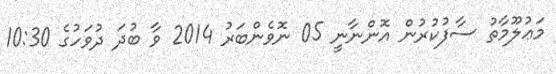
މަޢުލޫމާތު ސާފުކުރުން އޮންނާނީ 05 ނޮވެންބަރު 2014 ވާ ބުދަ ދުވަހުގެ 10:30